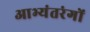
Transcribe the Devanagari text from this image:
आभ्यंतरंगों